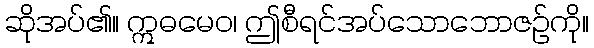
ဆိုအပ်၏။ ဣဓမေဝ၊ ဤစီရင်အပ်သောဘောဇဉ်ကို။